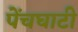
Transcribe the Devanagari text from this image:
पेंचघाटी